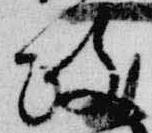
政